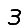
Digit: 3